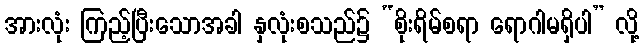
အားလုံး ကြည့်ပြီးသောအခါ နှလုံးစသည်၌ “စိုးရိမ်စရာ ရောဂါမရှိပါ” လို့